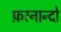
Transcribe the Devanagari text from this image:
फ़रनान्दो